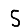
Digit: 5